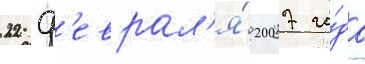
22 ф'еврал'я́ 2007 го́да